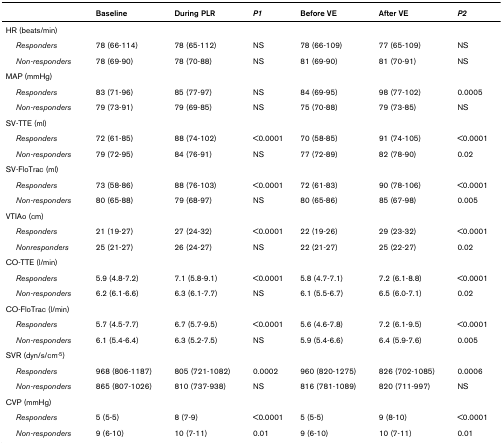
<table><thead><tr><td></td><td><b>Baseline</b></td><td><b>During PLR</b></td><td><b><i>P1</i></b></td><td><b>Before VE</b></td><td><b>After VE</b></td><td><b><i>P2</i></b></td></tr></thead><tbody><tr><td>HR (beats/min)</td><td></td><td></td><td></td><td></td><td></td><td></td></tr><tr><td> <i>Responders</i></td><td>78 (66-114)</td><td>78 (65-112)</td><td>NS</td><td>78 (66-109)</td><td>77 (65-109)</td><td>NS</td></tr><tr><td> <i>Non-responders</i></td><td>78 (69-90)</td><td>78 (70-88)</td><td>NS</td><td>81 (69-90)</td><td>81 (70-91)</td><td>NS</td></tr><tr><td>MAP (mmHg)</td><td></td><td></td><td></td><td></td><td></td><td></td></tr><tr><td> <i>Responders</i></td><td>83 (71-96)</td><td>85 (77-97)</td><td>NS</td><td>84 (69-95)</td><td>98 (77-102)</td><td>0.0005</td></tr><tr><td> <i>Non-responders</i></td><td>79 (73-91)</td><td>79 (69-85)</td><td>NS</td><td>75 (70-88)</td><td>79 (73-85)</td><td>NS</td></tr><tr><td>SV-TTE (ml)</td><td></td><td></td><td></td><td></td><td></td><td></td></tr><tr><td> <i>Responders</i></td><td>72 (61-85)</td><td>88 (74-102)</td><td>&lt;0.0001</td><td>70 (58-85)</td><td>91 (74-105)</td><td>&lt;0.0001</td></tr><tr><td> <i>Non-responders</i></td><td>79 (72-95)</td><td>84 (76-91)</td><td>NS</td><td>77 (72-89)</td><td>82 (78-90)</td><td>0.02</td></tr><tr><td>SV-FloTrac (ml)</td><td></td><td></td><td></td><td></td><td></td><td></td></tr><tr><td> <i>Responders</i></td><td>73 (58-86)</td><td>88 (76-103)</td><td>&lt;0.0001</td><td>72 (61-83)</td><td>90 (78-106)</td><td>&lt;0.0001</td></tr><tr><td> <i>Non-responders</i></td><td>80 (65-88)</td><td>79 (68-97)</td><td>NS</td><td>80 (65-86)</td><td>85 (67-98)</td><td>0.005</td></tr><tr><td>VTIAo (cm)</td><td></td><td></td><td></td><td></td><td></td><td></td></tr><tr><td> <i>Responders</i></td><td>21 (19-27)</td><td>27 (24-32)</td><td>&lt;0.0001</td><td>22 (19-26)</td><td>29 (23-32)</td><td>&lt;0.0001</td></tr><tr><td> <i>Nonresponders</i></td><td>25 (21-27)</td><td>26 (24-27)</td><td>NS</td><td>22 (21-27)</td><td>25 (22-27)</td><td>0.02</td></tr><tr><td>CO-TTE (l/min)</td><td></td><td></td><td></td><td></td><td></td><td></td></tr><tr><td> <i>Responders</i></td><td>5.9 (4.8-7.2)</td><td>7.1 (5.8-9.1)</td><td>&lt;0.0001</td><td>5.8 (4.7-7.1)</td><td>7.2 (6.1-8.8)</td><td>&lt;0.0001</td></tr><tr><td> <i>Non-responders</i></td><td>6.2 (6.1-6.6)</td><td>6.3 (6.1-7.7)</td><td>NS</td><td>6.1 (5.5-6.7)</td><td>6.5 (6.0-7.1)</td><td>0.02</td></tr><tr><td>CO-FloTrac (l/min)</td><td></td><td></td><td></td><td></td><td></td><td></td></tr><tr><td> <i>Responders</i></td><td>5.7 (4.5-7.7)</td><td>6.7 (5.7-9.5)</td><td>&lt;0.0001</td><td>5.6 (4.6-7.8)</td><td>7.2 (6.1-9.5)</td><td>&lt;0.0001</td></tr><tr><td> <i>Non-responders</i></td><td>6.1 (5.4-6.4)</td><td>6.3 (5.2-7.5)</td><td>NS</td><td>5.9 (5.4-6.6)</td><td>6.4 (5.9-7.6)</td><td>0.005</td></tr><tr><td>SVR (dyn/s/cm<sup>-5</sup>)</td><td></td><td></td><td></td><td></td><td></td><td></td></tr><tr><td> <i>Responders</i></td><td>968 (806-1187)</td><td>805 (721-1082)</td><td>0.0002</td><td>960 (820-1275)</td><td>826 (702-1085)</td><td>0.0006</td></tr><tr><td> <i>Non-responders</i></td><td>865 (807-1026)</td><td>810 (737-938)</td><td>NS</td><td>816 (781-1089)</td><td>820 (711-997)</td><td>NS</td></tr><tr><td>CVP (mmHg)</td><td></td><td></td><td></td><td></td><td></td><td></td></tr><tr><td> <i>Responders</i></td><td>5 (5-5)</td><td>8 (7-9)</td><td>&lt;0.0001</td><td>5 (5-5)</td><td>9 (8-10)</td><td>&lt;0.0001</td></tr><tr><td> <i>Non-responders</i></td><td>9 (6-10)</td><td>10 (7-11)</td><td>0.01</td><td>9 (6-10)</td><td>10 (7-11)</td><td>0.01</td></tr></tbody></table>